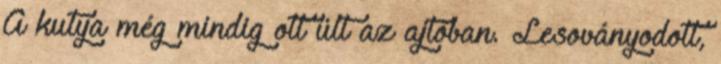
A kutya még mindig ott ült az ajtóban. Lesoványodott,